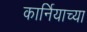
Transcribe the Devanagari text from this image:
कार्नियाच्या